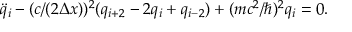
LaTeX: \ddot { q } _ { i } - ( c / ( 2 \Delta x ) ) ^ { 2 } ( q _ { i + 2 } - 2 q _ { i } + q _ { i - 2 } ) + ( m c ^ { 2 } / \hbar ) ^ { 2 } q _ { i } = 0 .